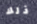
ذلك